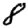
Digit: 8